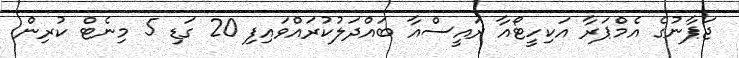
ޖަޕާނުގެ އެމްޕަރާ އަކިހީޓޯއާ ރައީސްއާ ބައްދަލުކުރައްވައިފި 20 ގަޑި 5 މިނެޓް ކުރިން